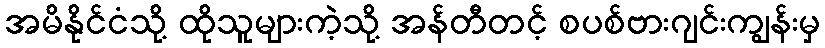
အမိနိုင်ငံသို့ ထိုသူများကဲ့သို့ အန်တီတင့် စပစ်ဗားဂျင်းကျွန်းမှ